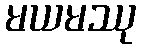
မယမဿု